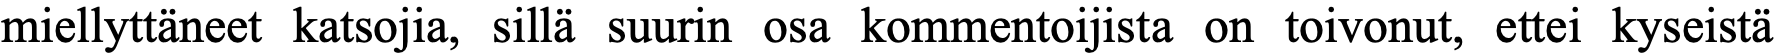
miellyttäneet katsojia, sillä suurin osa kommentoijista on toivonut, ettei kyseistä